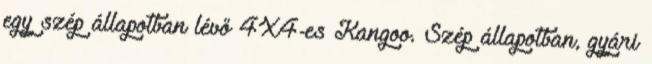
egy szép állapotban lévő 4X4-es Kangoo. Szép állapotban, gyári